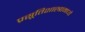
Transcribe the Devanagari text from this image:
प्रसूतिशास्त्रामध्ये